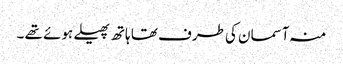
منہ آسمان کی طرف تھا ہاتھ پھیلے ہوئے تھے ۔